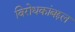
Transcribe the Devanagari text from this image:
विरोधकांबद्दल